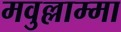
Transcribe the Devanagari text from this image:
मवुल्लाम्मा